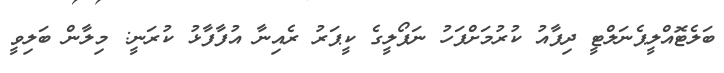
ބަލެޓޮއްލީޕެނަލްޓީ ދިފާއު ކުރުމަށްފަހު ނަޕޯލީގެ ކީޕަރު ރެއިނާ އުފާފާޅު ކުރަނީ: މިލާން ބަލިވީ